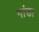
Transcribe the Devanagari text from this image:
गांडा